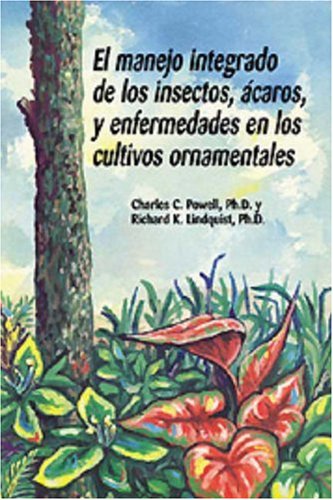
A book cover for El manejo integrado de los insectos, Ã¡caros, y enfermedades en los cultivos ornamentales (Spanish Edition); Richard K. Lindquist PhD; Crafts, Hobbies & Home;